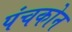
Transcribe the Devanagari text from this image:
पंचकोन